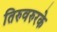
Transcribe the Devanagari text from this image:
तिरुवरुरके